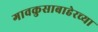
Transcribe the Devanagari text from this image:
गावकुसाबाहेरच्या